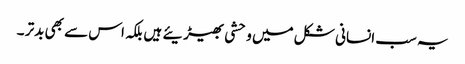
یہ سب انسانی شکل میں وحشی بھیڑیئے ہیں بلکہ اس سے بھی بدتر ۔